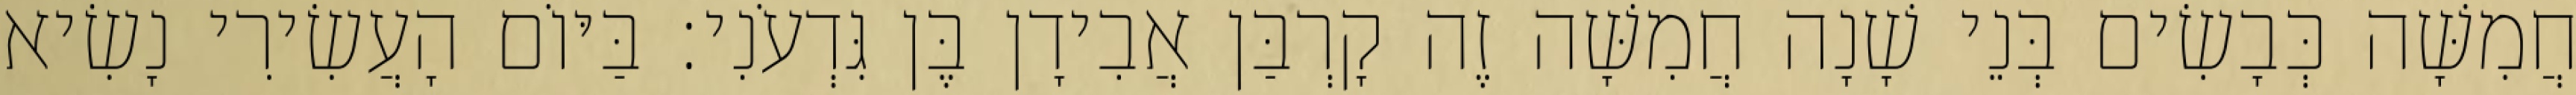
חֲמִשָּׁה כְּבָשִׂים בְּנֵי שָׁנָה חֲמִשָּׁה זֶה קָרְבַּן אֲבִידָן בֶּן גִּדְעֹנִי׃ בַּיּוֹם הָעֲשִׂירִי נָשִׂיא